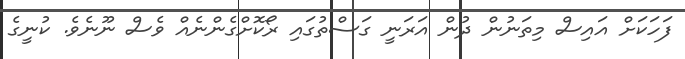
ފަހަކަށް އައިސް މިތަނުން ދުން އަރަނީ ގަސްތުގައި ރޯކޮށްގެންނެއް ވެސް ނޫނެވެ. ކުނީގެ